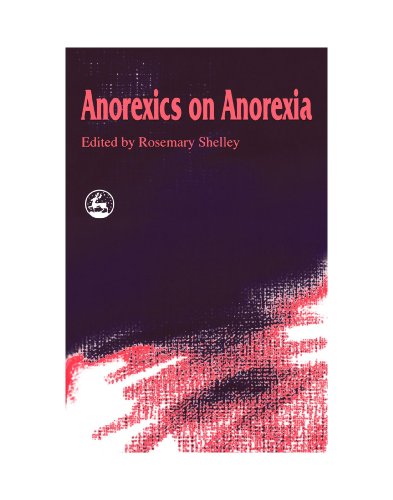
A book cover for Anorexics on Anorexia; Health, Fitness & Dieting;